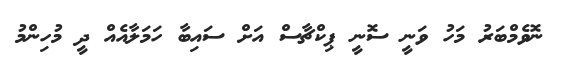
ނޮވެމްބަރު މަހު ވަނީ ސޮނީ ޕިކްޗާސް އަށް ސައިބާ ހަމަލާއެއް ދީ މުހިންމު